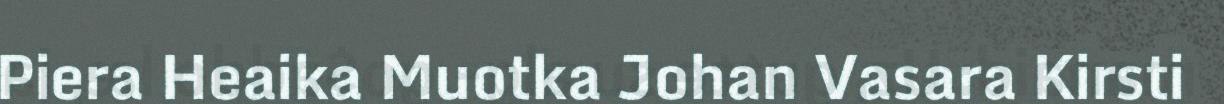
Piera Heaika Muotka Johan Vasara Kirsti